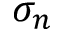
\sigma _ { n }